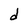
Character: d